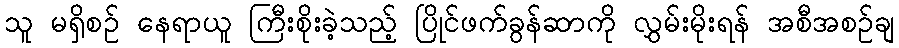
သူ မရှိစဉ် နေရာယူ ကြီးစိုးခဲ့သည့် ပြိုင်ဖက်ခွန်ဆာကို လွှမ်းမိုးရန် အစီအစဉ်ချ